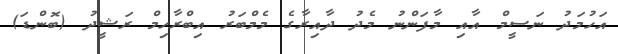
އަހުމަދު ނަސީމް އާއި މާފަންނު މެދު ދާއިރާގެ މެމްބަރު އިބްރާހިމް ރަޝީދު (ބޮންޑަ)